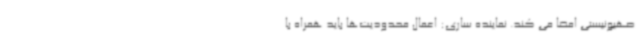
صهیونیستی امضا می کند. نماینده ساری: اعمال محدودیت‌ها باید همراه با